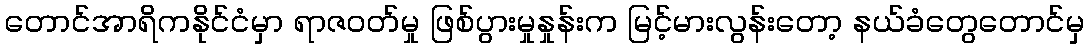
တောင်အာရိကနိုင်ငံမှာ ရာဇဝတ်မှု ဖြစ်ပွားမှုနှုန်းက မြင့်မားလွန်းတော့ နယ်ခံတွေတောင်မှ